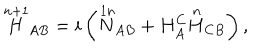
{ \stackrel { n + 1 } { H } } _ { A B } = i \left( { \stackrel { 1 n } { N } } _ { A B } + H _ { A } ^ { C } { \stackrel { n } { H } } _ { C B } \right) ,